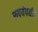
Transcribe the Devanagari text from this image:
रुपयेपर्यंत